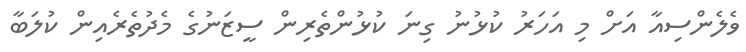
ވެލެންސިއާ އަށް މި އަހަރު ކުޅުނު ގިނަ ކުޅުންތެރިން ސީޒަނުގެ މެދުތެރެއިން ކުލަބާ